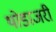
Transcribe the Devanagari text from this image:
थोडाजरी